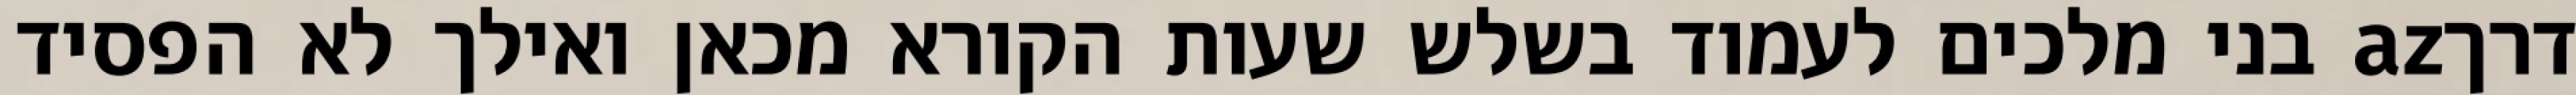
דרךaz בני מלכים לעמוד בשלש שעות הקורא מכאן ואילך לא הפסיד